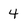
Character: 4